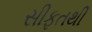
સીફતથી